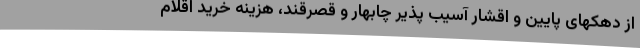
از دهکهای پایین و اقشار آسیب پذیر چابهار و قصرقند، هزینه خرید اقلام